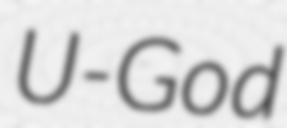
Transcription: U-God